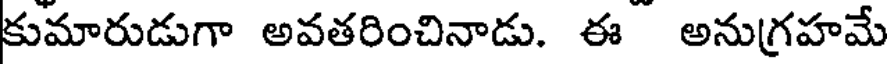
కుమారుడుగా అవతరించినాడు. ఈ అనుగ్రహమే